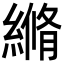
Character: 𦃬